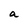
Character: a